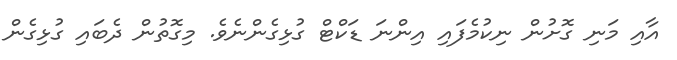
އާއި މަނި ގޮށުން ނިކުމެފައި އިންނަ ޑަކްޓް ގުޅިގެންނެވެ. މިގޮތުން ދެބައި ގުޅިގެން